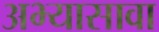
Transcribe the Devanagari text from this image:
अभ्यासावा